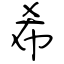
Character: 希